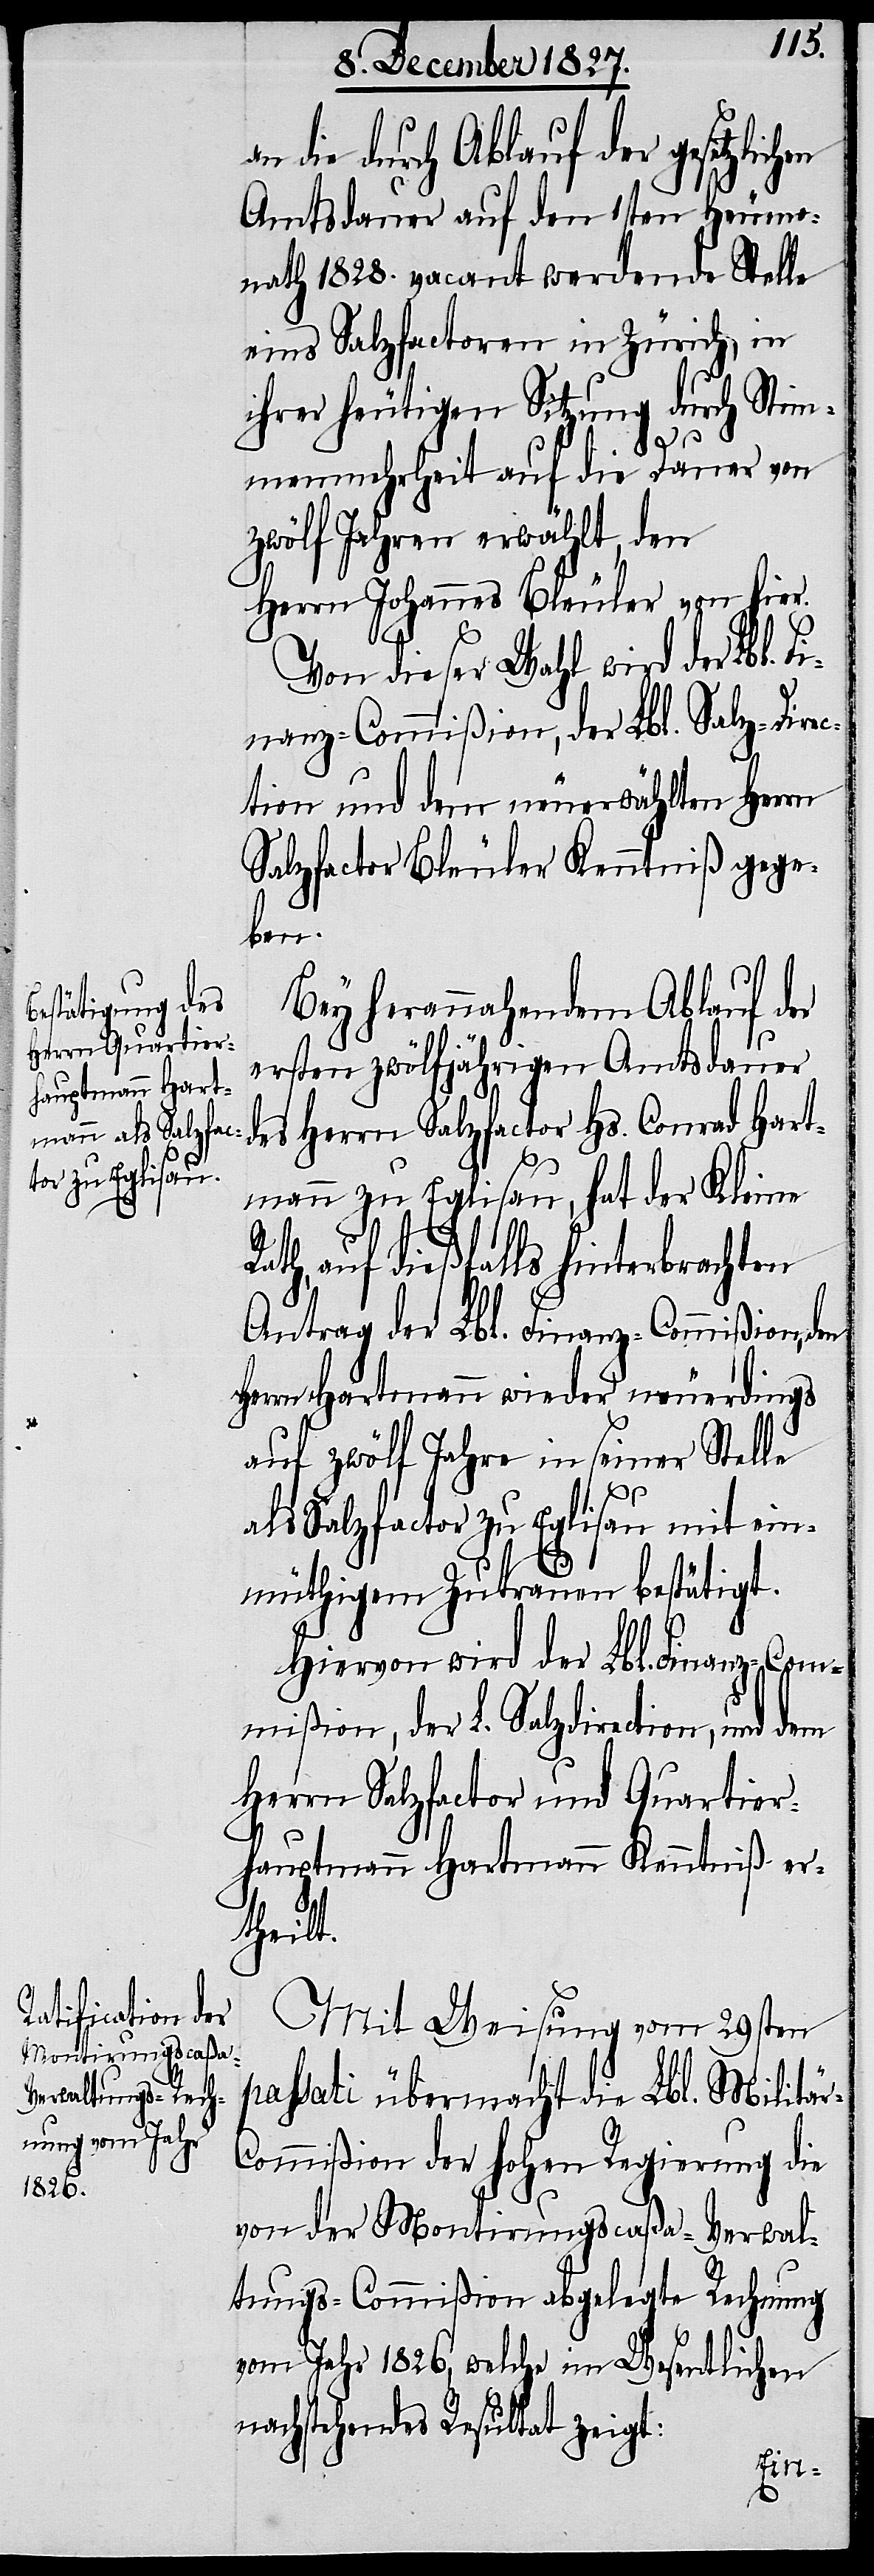
die durch Ablauf der gesetzlich¬
Amtsdauer auf den 1sten Heumo¬
nath 1828. vacant werdende Stelle
eines Salzfactoren in Zürich, in
ihrer heutigen Sitzung durch Stim¬
menmehrheit auf die Dauer von
zwölf Jahren erwählt, den
Herrn Johannes Bleuler von hier.
Von dieser Wahl wird der Lbl. F¬
inanz-Commißion, der Lbl. Salz-Direc¬
tion und dem neuerwählten Herrn
Salzfactor Bleuler Kenntniß gege¬
den
Bey herannahendem Ablauf der
ersten zwölfjährigen Amtsdauer
des Herrn Salzfactor Hs. Conrad Hart¬
mann zu Eglisau, hat der Kleine
auf dießfalls hinterbrachten
Antrag des Lbl. Finanz-Commißion,
Herrn Hartmann wieder neuerdings
auf zwölf Jahre in seiner Stelle
als Salzfactor zu Eglisau mit ein¬
müthigem Zutrauen bestätigt.
Hiervon wird der Lbl. Finanz-Com¬
mißion, der L. Salzdirection, und dem
Herrn Salzfactor und Quartier¬
hauptmann Hartmann Kenntniß er¬
theilt.
Mit Weisung vom 29sten
passati übermacht die Lbl. Militär-C¬
ommißion der hohen Regierung die
von der Montirungscaßa-Verwal¬
tungs-Commißion abgelegte Rechnung
vom Jahr 1826, welche im Wesentlichen
nachstehendes Resultat zeigt: